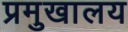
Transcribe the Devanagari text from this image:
प्रमुखालय